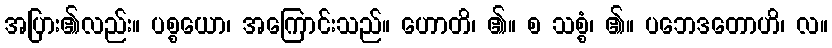
အပြား၏လည်း။ ပစ္စယော၊ အကြောင်းသည်။ ဟောတိ၊ ၏။ စ သစ္စံ၊ ၏။ ပဘေဒတောဟိ၊ လ။